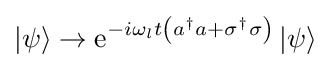
|\psi \rangle \rightarrow \operatorname {e} ^{-i\omega _{l}t\left(a^{\dagger }a+\sigma ^{\dagger }\sigma \right)}|\psi \rangle